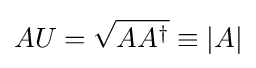
AU={\sqrt {AA^{\dagger }}}\equiv |A|